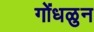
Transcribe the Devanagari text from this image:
गोंधळुन